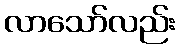
လာသော်လည်း